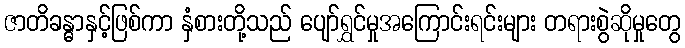
ဇာတိခန္ဓာနှင့်ဖြစ်ကာ နှံစားတို့သည် ပျော်ရွှင်မှုအကြောင်းရင်းများ တရားစွဲဆိုမှုတွေ